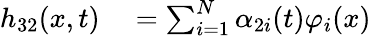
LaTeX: \begin{array}{rl}{h_{32}(x,t)}&{{}=\sum_{i=1}^{N}\alpha_{2i}(t)\varphi_{i}(x)}\end{array}